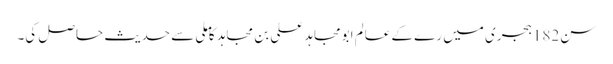
سن182ہجری میں رے کے عالم ابومجاہد علی بن مجاہد کا ملی سے حدیث حاصل کی۔